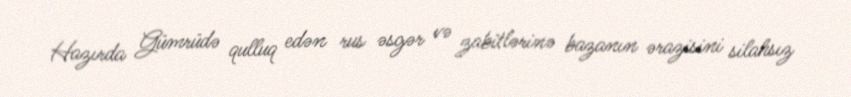
Hazırda Gümrüdə qulluq edən rus əsgər və zabitlərinə bazanın ərazisini silahsız